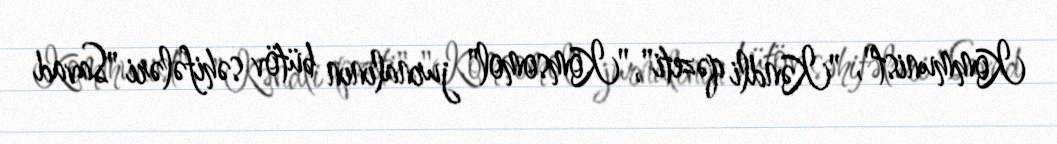
Kommunist", "Kəndli qəzeti", "Komsomol" jurnalının bütöv səhifələri "Savad